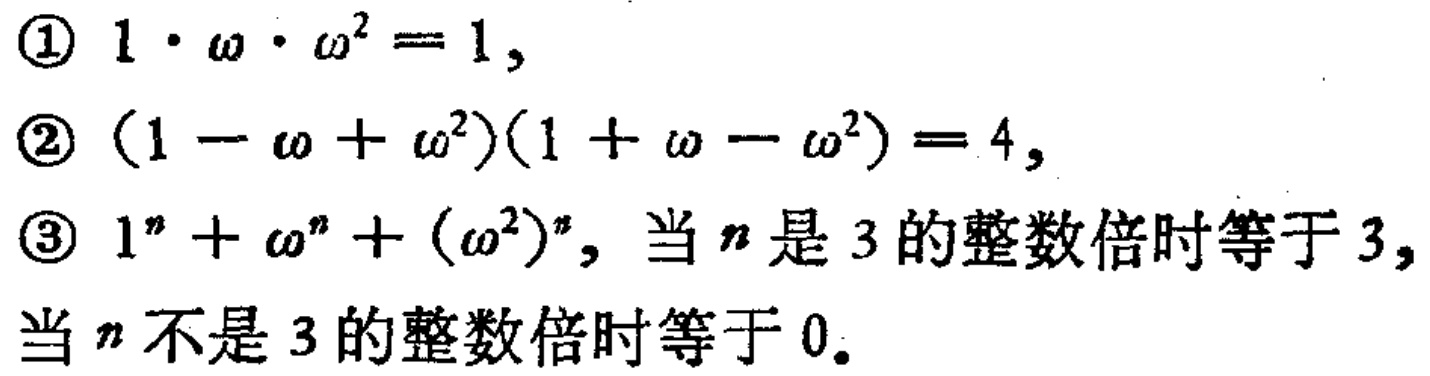
\textcircled{1} \(1\cdot\omega\cdot\omega^{2}=1\),
\textcircled{2} \((1 - \omega+\omega^{2})(1+\omega - \omega^{2}) = 4\),
\textcircled{3} \(1^{n}+\omega^{n}+(\omega^{2})^{n}\), 当 \(n\) 是 \(3\) 的整数倍时等于 \(3\), 当 \(n\) 不是 \(3\) 的整数倍时等于 \(0\)。